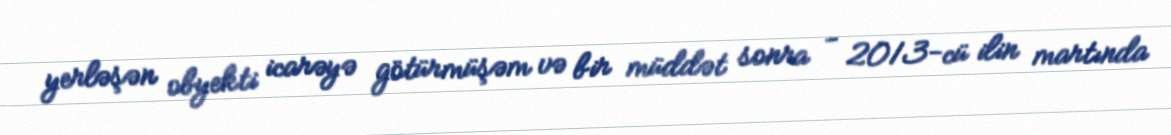
yerləşən obyekti icarəyə götürmüşəm və bir müddət sonra - 2013-cü ilin martında